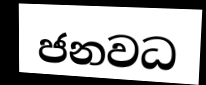
ජනවධ